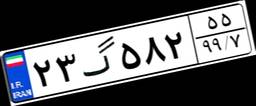
۴۷گ۰۸۱۳۹